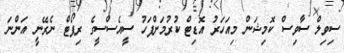
ސިވިލް ސާވިސް ކޮމިޝަން މިއަހަރު އޮޑިޓް ކުރުމަށްފަހު ސީއެސްސީގެ ރިޕޯޓް ނެރޭނީ އަންނަ